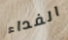
الفداء